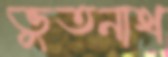
ভুতনাথ